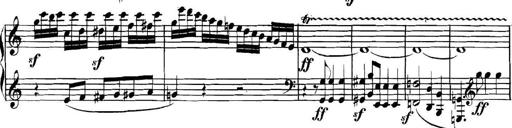
Title: Collected Piano Sonatas
Composer: Muzio Clementi